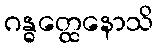
ဂန္ဓတ္ထေနောသိ